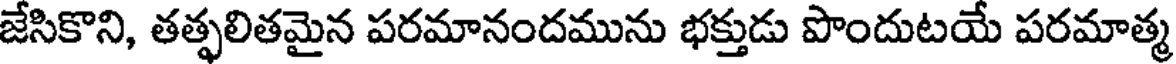
జేసికొని, తత్ఫలితమైన పరమానందమును భక్తుడు పొందుటయే పరమాత్మ